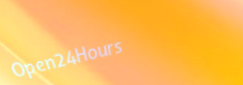
Open24Hours